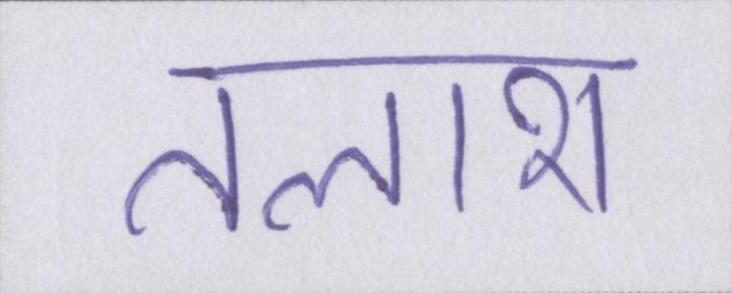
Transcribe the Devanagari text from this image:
तलाश